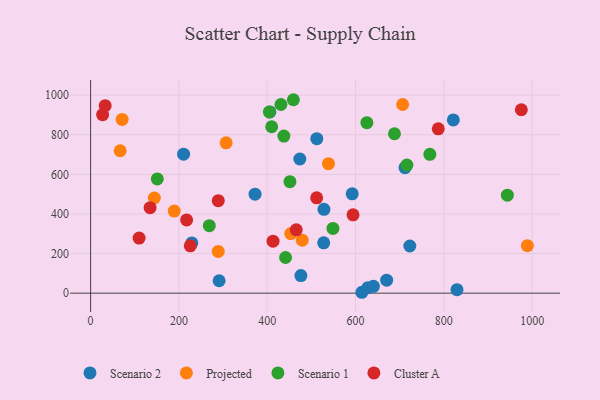
{"axis": {"x": "Distance", "y": "Demand"}, "legend": ["Cluster A", "Projected", "Scenario 1", "Scenario 2"], "data": [{"x": "670.4", "y": 65.8, "type": "Scenario 2"}, {"x": "592.4", "y": 501.6, "type": "Scenario 2"}, {"x": "722.9", "y": 238.1, "type": "Scenario 2"}, {"x": "512.2", "y": 780.1, "type": "Scenario 2"}, {"x": "473.8", "y": 677.6, "type": "Scenario 2"}, {"x": "406.0", "y": 915.3, "type": "Scenario 2"}, {"x": "372.4", "y": 500.0, "type": "Scenario 2"}, {"x": "527.8", "y": 254.1, "type": "Scenario 2"}, {"x": "628.0", "y": 27.6, "type": "Scenario 2"}, {"x": "829.7", "y": 17.4, "type": "Scenario 2"}, {"x": "291.0", "y": 62.8, "type": "Scenario 2"}, {"x": "476.2", "y": 88.6, "type": "Scenario 2"}, {"x": "229.2", "y": 253.9, "type": "Scenario 2"}, {"x": "528.4", "y": 423.5, "type": "Scenario 2"}, {"x": "640.4", "y": 34.8, "type": "Scenario 2"}, {"x": "712.0", "y": 633.5, "type": "Scenario 2"}, {"x": "614.3", "y": 4.5, "type": "Scenario 2"}, {"x": "821.4", "y": 874.7, "type": "Scenario 2"}, {"x": "210.5", "y": 701.7, "type": "Scenario 2"}, {"x": "479.2", "y": 267.8, "type": "Projected"}, {"x": "306.9", "y": 759.4, "type": "Projected"}, {"x": "189.4", "y": 414.4, "type": "Projected"}, {"x": "538.6", "y": 653.8, "type": "Projected"}, {"x": "289.0", "y": 210.7, "type": "Projected"}, {"x": "144.3", "y": 480.5, "type": "Projected"}, {"x": "453.3", "y": 301.0, "type": "Projected"}, {"x": "71.4", "y": 877.6, "type": "Projected"}, {"x": "66.9", "y": 719.2, "type": "Projected"}, {"x": "989.1", "y": 239.8, "type": "Projected"}, {"x": "706.6", "y": 952.7, "type": "Projected"}, {"x": "404.8", "y": 915.2, "type": "Scenario 1"}, {"x": "441.5", "y": 180.2, "type": "Scenario 1"}, {"x": "943.8", "y": 494.9, "type": "Scenario 1"}, {"x": "716.3", "y": 647.1, "type": "Scenario 1"}, {"x": "410.0", "y": 840.5, "type": "Scenario 1"}, {"x": "625.6", "y": 860.8, "type": "Scenario 1"}, {"x": "431.0", "y": 952.8, "type": "Scenario 1"}, {"x": "459.2", "y": 976.9, "type": "Scenario 1"}, {"x": "688.1", "y": 805.1, "type": "Scenario 1"}, {"x": "151.0", "y": 576.9, "type": "Scenario 1"}, {"x": "268.8", "y": 340.6, "type": "Scenario 1"}, {"x": "437.7", "y": 793.1, "type": "Scenario 1"}, {"x": "768.2", "y": 701.1, "type": "Scenario 1"}, {"x": "548.8", "y": 327.2, "type": "Scenario 1"}, {"x": "451.4", "y": 562.9, "type": "Scenario 1"}, {"x": "511.9", "y": 481.7, "type": "Cluster A"}, {"x": "27.2", "y": 901.3, "type": "Cluster A"}, {"x": "787.3", "y": 829.8, "type": "Cluster A"}, {"x": "33.0", "y": 946.9, "type": "Cluster A"}, {"x": "289.1", "y": 467.1, "type": "Cluster A"}, {"x": "975.4", "y": 926.2, "type": "Cluster A"}, {"x": "109.8", "y": 278.1, "type": "Cluster A"}, {"x": "217.4", "y": 370.0, "type": "Cluster A"}, {"x": "465.7", "y": 320.0, "type": "Cluster A"}, {"x": "413.1", "y": 262.4, "type": "Cluster A"}, {"x": "225.7", "y": 238.9, "type": "Cluster A"}, {"x": "134.7", "y": 431.9, "type": "Cluster A"}, {"x": "594.3", "y": 395.6, "type": "Cluster A"}]}